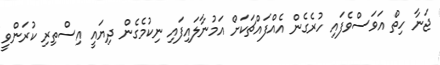
ޖަނާ ހިތް އަވަސްވެފައި ހުރެގެން އެއްފައްޗަކަށް އަމުނާލައިފައި ނިކުމެގެން ދިޔައީ އިސްތިރި ކުރަންވީ